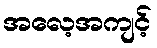
အလေ့အကျင့်